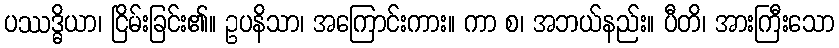
ပဿဒ္ဓိယာ၊ ငြိမ်းခြင်း၏။ ဥပနိသာ၊ အကြောင်းကား။ ကာ စ၊ အဘယ်နည်း။ ပီတိ၊ အားကြီးသော